Vaccination United Provinces of Agra and Oudh 1902-1913 - 1902-1913
Year: 1902
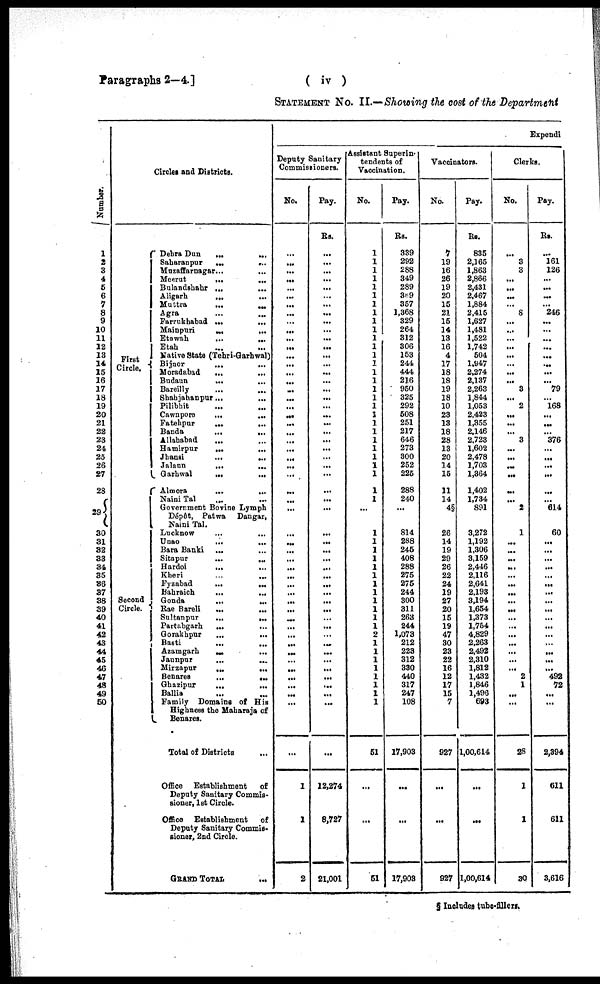
( iv )
Paragraphs 2—4.]
STATEMENT No. II.—Showing the cost of the Department
Number.
1
2
3
4
5
6
7
8
9
10
11
12
13
14
15
16
17
18
19
20
21
22
23
24
25
26
27
28
29
30
31
32
33
34
35
36
37
38
39
40
41
42
43
44
45
46
47
48
49
50
Circles and Districts.
First
Circle.
Second
Circle.
Dehra Dun
... ...
Saharanpur
...
...
Muzaffarnagar ...
...
Meerut
...
...
Bulandshahr ... ...
Aligarh
...
...
Muttra
...
...
Agra ... ...
Farrukhabad ...
...
Mainpuri
...
...
Etawah
...
...
Etah ... ...
Native State (Tehri-Garhwal)
Bijnor ... ...
Moradabad
...
...
Budaun
...
...
Bareilly ... ...
Shahjahanpur ...
...
Pilibhit ... ...
Cawnpore
...
...
Fatehpur
...
...
Banda
...
...
Allahabad
...
Hamirpur
...
...
Jhansi
...
...
Jalaun
...
...
Garhwal
...
...
Almora
...
...
Naini Tal ... ...
Government Bovine Lymph
Dépôt, Patwa
Dangar,
Naini Tal.
Lucknow ... ...
Unao
... ...
Bara Banki ... ...
Sitapur
...
...
Hardoi
...
...
Kheri ... ...
Fyzabad
...
...
Bahraich
...
...
Gonda ... ...
Rae Bareli
...
...
Sultanpur
...
...
Partabgarh
... ...
Gorakhpur
...
...
Basti
...
...
Azamgarh
...
...
Jaunpur
...
...
Mirzapur
...
...
Benares
...
...
Ghazipur
...
...
Ballia ... ...
Family Domains of His
Highness the Maharaja of
Benares.
Total of Districts ...
Office Establishment
of
Deputy Sanitary Commis-
sioner, 1st Circle.
Office Establishment
of
Deputy Sanitary Commis-
sioner, 2nd Circle.
GRAND TOTAL ...
Expendi
Deputy Sanitary
Commissioners.
No.
...
...
...
...
...
...
...
...
...
...
...
...
...
...
...
...
...
...
...
...
...
...
...
...
...
. ..
...
...
...
...
...
...
...
...
...
...
...
...
...
...
...
...
...
...
...
...
...
...
...
...
...
...
1
1
2
Pay.
Rs.
...
...
...
...
...
...
...
...
...
...
...
...
...
...
...
...
...
...
...
...
...
...
...
...
...
...
...
...
...
...
...
...
...
...
...
...
...
...
...
...
...
...
...
...
...
...
...
...
...
...
...
...
12,274
8,727
21,001
Assistant Superin-
tendents of
Vaccination.
No.
1
1
1
1
1
1
1
1
1
1
1
1
1
1
1
1
1
1
1
1
1
1
1
1
1
1
1
1
1
...
1
1
1
1
1
1
1
1
1
1
1
1
2
1
1
1
1
1
1
1
1
51
...
...
51
Pay.
Rs.
339
292
288
349
289
369
357
1,368
329
264
312
306
153
244
444
216
950
325
292
508
251
217
646
273
300
252
225
288
240
...
814
288
245
408
288
275
275
244
300
311
263
244
1,073
212
223
312
330
440
317
247
108
17,903
...
...
17,903
Vaccinators.
No.
7
19
16
26
19
20
15
21
1
14
13
16
4
17
18
18
19
18
10
23
13
18
28
13
20
14
15
11
14
4§
26
14
19
29
26
22
24
19
27
20
15
19
47
30
23
22
16
12
17
15
7
927
...
...
927
Pay.
Rs.
835
2,165
1,863
2,866
2,431
2,467
1,884
2,415
1,627
1,481
1,522
1,742
504
1,947
2,274
2,137
2,263
1,844
1,053
2,423
1,355
2,146
2,723
1,602
2,478
1,703
1,364
1,402
1,734
891
3,272
1,192
1,306
3,159
2,446
2,116
2,641
2,193
3,194
1,654
1,373
1,754
4,829
2,263
2,492
2,310
1,812
1,432
1,846
1,496
693
1,00,614
...
...
1,00,614
Clerks.
No.
...
3
3
...
...
...
...
8
...
...
...
...
...
...
...
...
3
...
2
...
...
...
3
...
...
...
...
...
...
2
1
...
...
...
...
...
...
...
...
...
...
...
...
...
...
...
...
2
1
...
...
28
1
1
30
Pay.
Rs.
...
161
126
...
...
...
...
246
...
...
...
...
...
...
...
...
79
...
168
...
...
...
376
...
...
...
...
...
...
614
60
...
...
...
...
...
...
...
...
...
...
...
...
...
...
...
...
492
72
...
...
2,394
611
611
3,616
§ Includes tube-fillers.